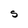
Character: S